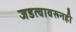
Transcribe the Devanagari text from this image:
जडत्वावरूनही